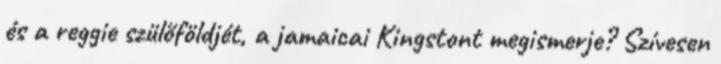
és a reggie szülőföldjét, a jamaicai Kingstont megismerje? Szívesen